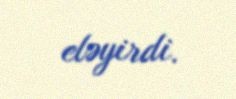
eləyirdi.